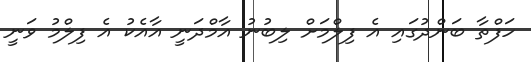
ހަފްތާ ބަންދުގައި އެ ފިލްމަށް ލިބުނު އާމްދަނީ އާއެކު އެ ފިލްމު ވަނީ